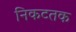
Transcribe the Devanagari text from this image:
निकटतक